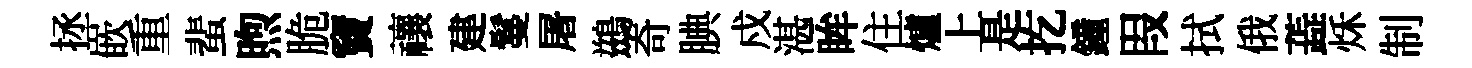
拯嵌重蜚煦脆竇禳建鬘屠鷀奇腆戍湛眸住爐上是扢鐘叚拭俄蕋秌制